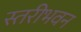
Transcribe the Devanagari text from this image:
स्तरीभवन